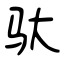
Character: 驮